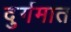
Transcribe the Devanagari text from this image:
दुर्गमात